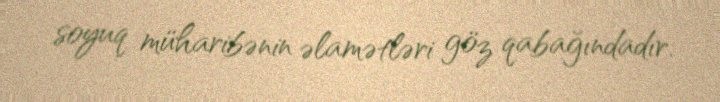
soyuq müharibənin əlamətləri göz qabağındadır.